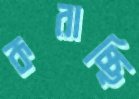
করাচ্ছি